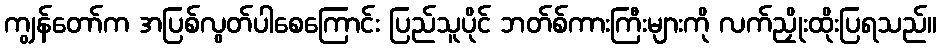
ကျွန်တော်က အပြစ်လွတ်ပါစေကြောင်း ပြည်သူပိုင် ဘတ်စ်ကားကြီးများကို လက်ညှိုးထိုးပြရသည်။